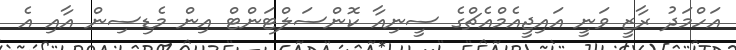
އަހްމަދު ރާޒީ ވަނީ އައިޖީއެމްއެޗްގެ ސީނިއާ ކޮންސަލްޓަންޓް އިން މެޑިސިން އާއި އެ